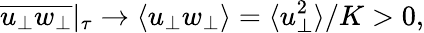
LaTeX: \overline{{u_{\perp}w_{\perp}}}\vert_{\tau}\rightarrow\langle u_{\perp}w_{\perp}\rangle=\langle u_{\perp}^{2}\rangle/K>0,